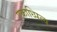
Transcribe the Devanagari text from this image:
एकाध्पित्य